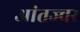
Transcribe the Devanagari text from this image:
आंतज्वर